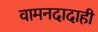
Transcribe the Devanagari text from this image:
वामनदादाही